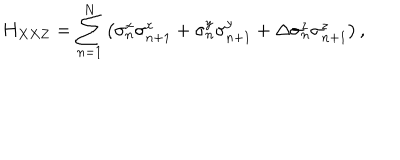
H _ { X X Z } = \sum _ { n = 1 } ^ { N } \left( \sigma _ { n } ^ { x } \sigma _ { n + 1 } ^ { x } + \sigma _ { n } ^ { y } \sigma _ { n + 1 } ^ { y } + \Delta \sigma _ { n } ^ { z } \sigma _ { n + 1 } ^ { z } \right) ,